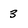
Character: 3